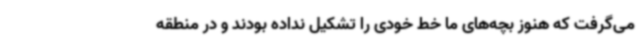
می‌گرفت که هنوز بچه‌های ما خط خودی را تشکیل نداده بودند و در منطقه